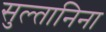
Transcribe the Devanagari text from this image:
सुल्तानिना